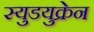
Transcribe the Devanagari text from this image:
स्युडयुक्रेन